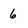
Character: 6